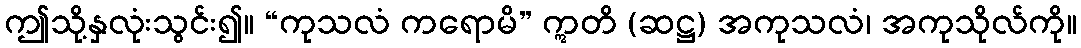
ဤသို့နှလုံးသွင်း၍။ “ကုသလံ ကရောမိ” ဣတိ (ဆဋ္ဌ) အကုသလံ၊ အကုသိုလ်ကို။